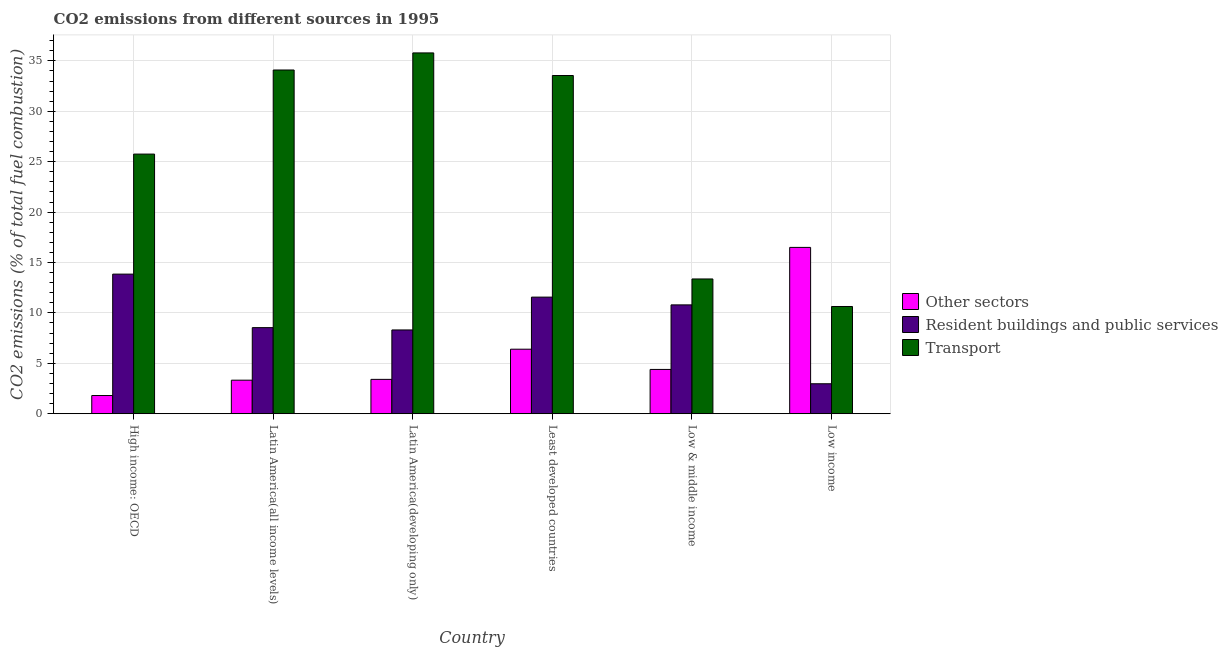
| Country | Other sectors | Resident buildings and public services | Transport |
 | --- | --- | --- | --- |
 | High income: OECD | 1.81 | 13.8 | 25.8 |
 | Latin America(all income levels) | 3.33 | 8.54 | 34.1 |
 | Latin America(developing only) | 3.41 | 8.31 | 35.8 |
 | Least developed countries | 6.4 | 11.6 | 33.5 |
 | Low & middle income | 4.39 | 10.8 | 13.4 |
 | Low income | 16.5 | 2.97 | 10.6 |